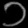
Digit: ၁